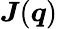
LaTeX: \boldsymbol{J}(\boldsymbol q)